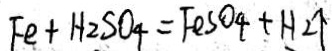
F e + H _ { 2 } S O _ { 4 } = F e S O _ { 4 } + H _ { 2 } \uparrow